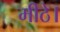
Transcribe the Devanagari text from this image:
मीठे।